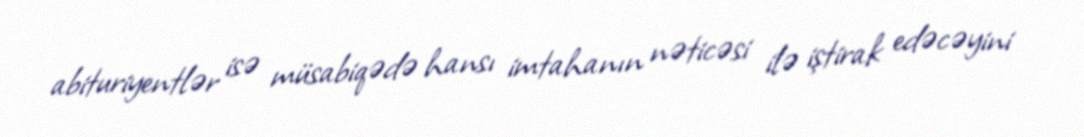
abituriyentlər isə müsabiqədə hansı imtahanın nəticəsi ilə iştirak edəcəyini